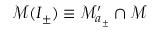
\mathcal { M } ( I _ { \pm } ) \equiv \mathcal { M } _ { a _ { \pm } } ^ { \prime } \cap \mathcal { M }